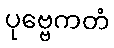
ပုဗ္ဗေကတံ